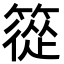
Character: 篵